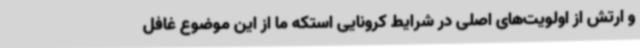
و ارتش از اولویت‌های اصلی در شرایط کرونایی استکه ما از این موضوع غافل